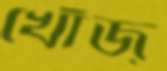
খোঁজ্‌